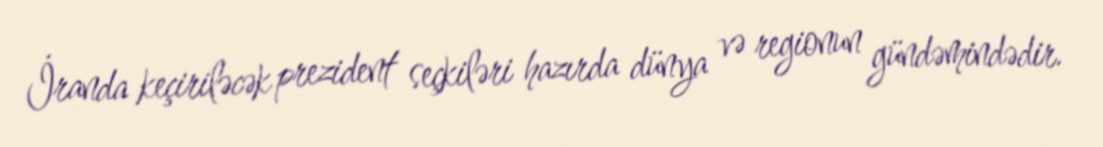
İranda keçiriləcək prezident seçkiləri hazırda dünya və regionun gündəmindədir.